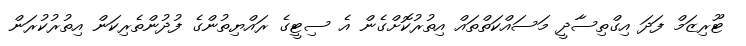
ޓޫރިޒަމް ފަދަ އިގްތިސާދީ މަސައްކަތްތައް އިތުރުކޮށްގެން އެ ސިޓީގެ ރައްޔިތުންގެ ފުދުންތެރިކަން އިތުރުކުރަން